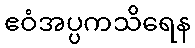
ဧဝံအပ္ပကသိရေန